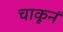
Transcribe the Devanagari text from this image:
चाकूनं